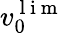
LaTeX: v_{0}^{\mathrm{~l~i~m~}}